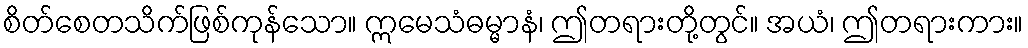
စိတ်စေတသိက်ဖြစ်ကုန်သော။ ဣမေသံဓမ္မာနံ၊ ဤတရားတို့တွင်။ အယံ၊ ဤတရားကား။